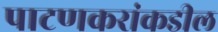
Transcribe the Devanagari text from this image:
पाटणकरांकडील